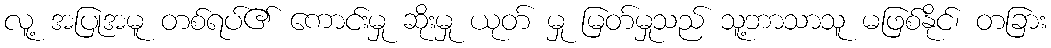
လူ့ အပြုအမူ တစ်ရပ်၏ ကောင်းမှု ဆိုးမှု ယုတ် မှု မြတ်မှုသည် သူ့ဘာသာသူ မဖြစ်နိုင်၊ တခြား